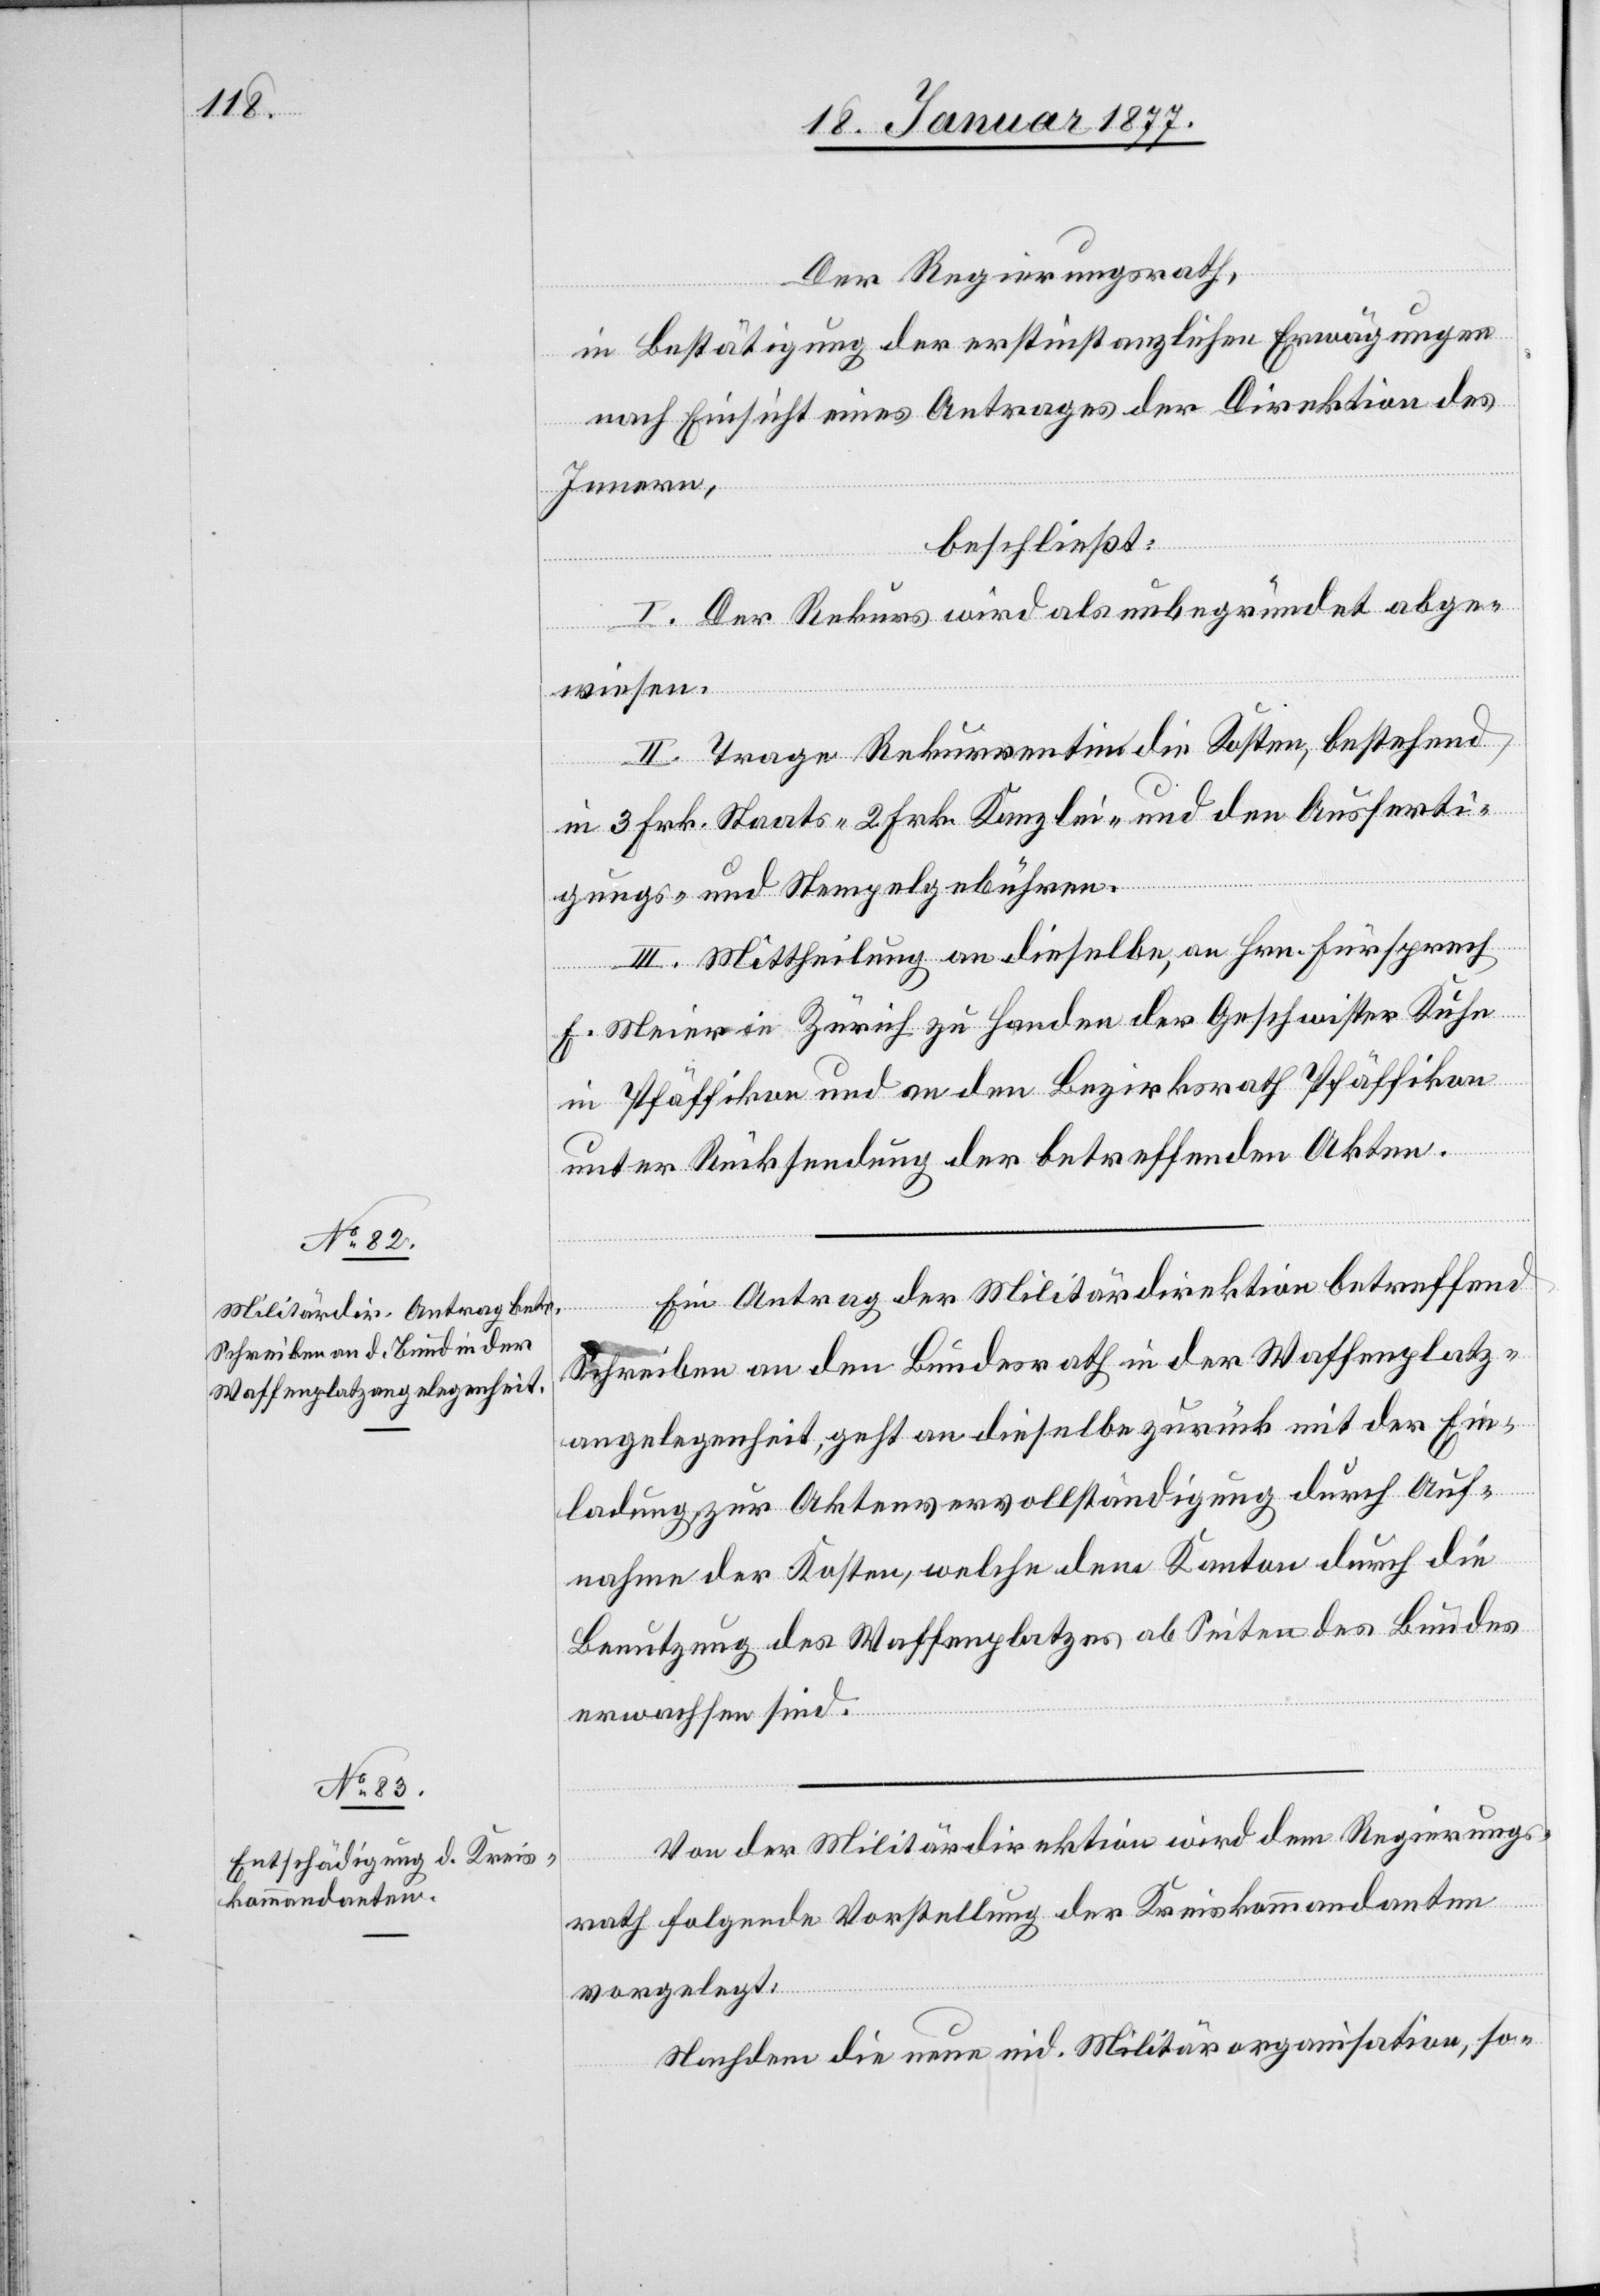
Der Regierungsrath,
in Bestätigung der erstinstanzlichen Erwägungen,
nach Einsicht eines Antrages der Direktion des
Innern,
beschließt:
I. Der Rekurs wird als unbegründet abge¬
wiesen.
II. Trage Rekurrentin die Kosten, bestehend
in 3 Frk. Staats-[,] 2 Frk. Kanzlei- und den Ausferti¬
gungs- und Stempelgebühren.
III. Mittheilung an dieselbe, an Hrn. Fürsprech
R. Meier in Zürich zu Handen der Geschwister Kuhn
in Pfäffikon und an den Bezirksrath Pfäffikon
unter Rücksendung der betreffenden Akten.
Ein Antrag der Militärdirektion betreffend
Schreiben an den Bundesrath in der Waffenplatz¬
angelegenheit, geht an dieselbe zurück mit der Ein¬
ladung zur Aktenvervollständigung durch Auf¬
nahme der Kosten, welche dem Kanton durch die
Benutzung des Waffenplatzes ab Seiten des Bundes
erwachsen sind.
Von der Militärdirektion wird dem Regierungs¬
rath folgende Vorstellung der Kreiskommandanten
vorgelegt:
Nachdem die neue eid. Militärorganisation, so-